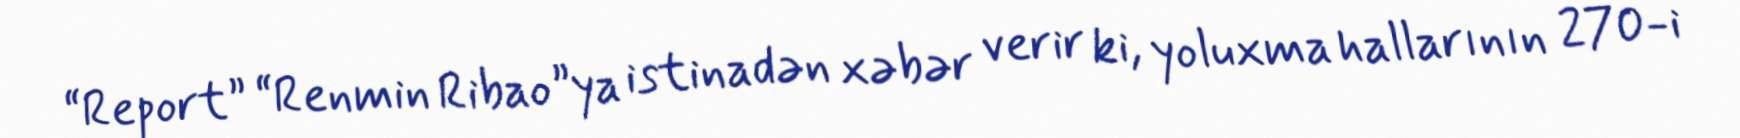
“Report” “Renmin Ribao”ya istinadən xəbər verir ki, yoluxma hallarının 270-i